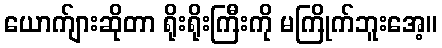
ယောက်ျားဆိုတာ ရိုးရိုးကြီးကို မကြိုက်ဘူးအေ့။